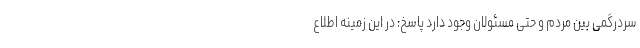
سردرگمی بین مردم و حتی مسئولان وجود دارد پاسخ: در این زمینه اطلاع